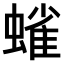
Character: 𫋗